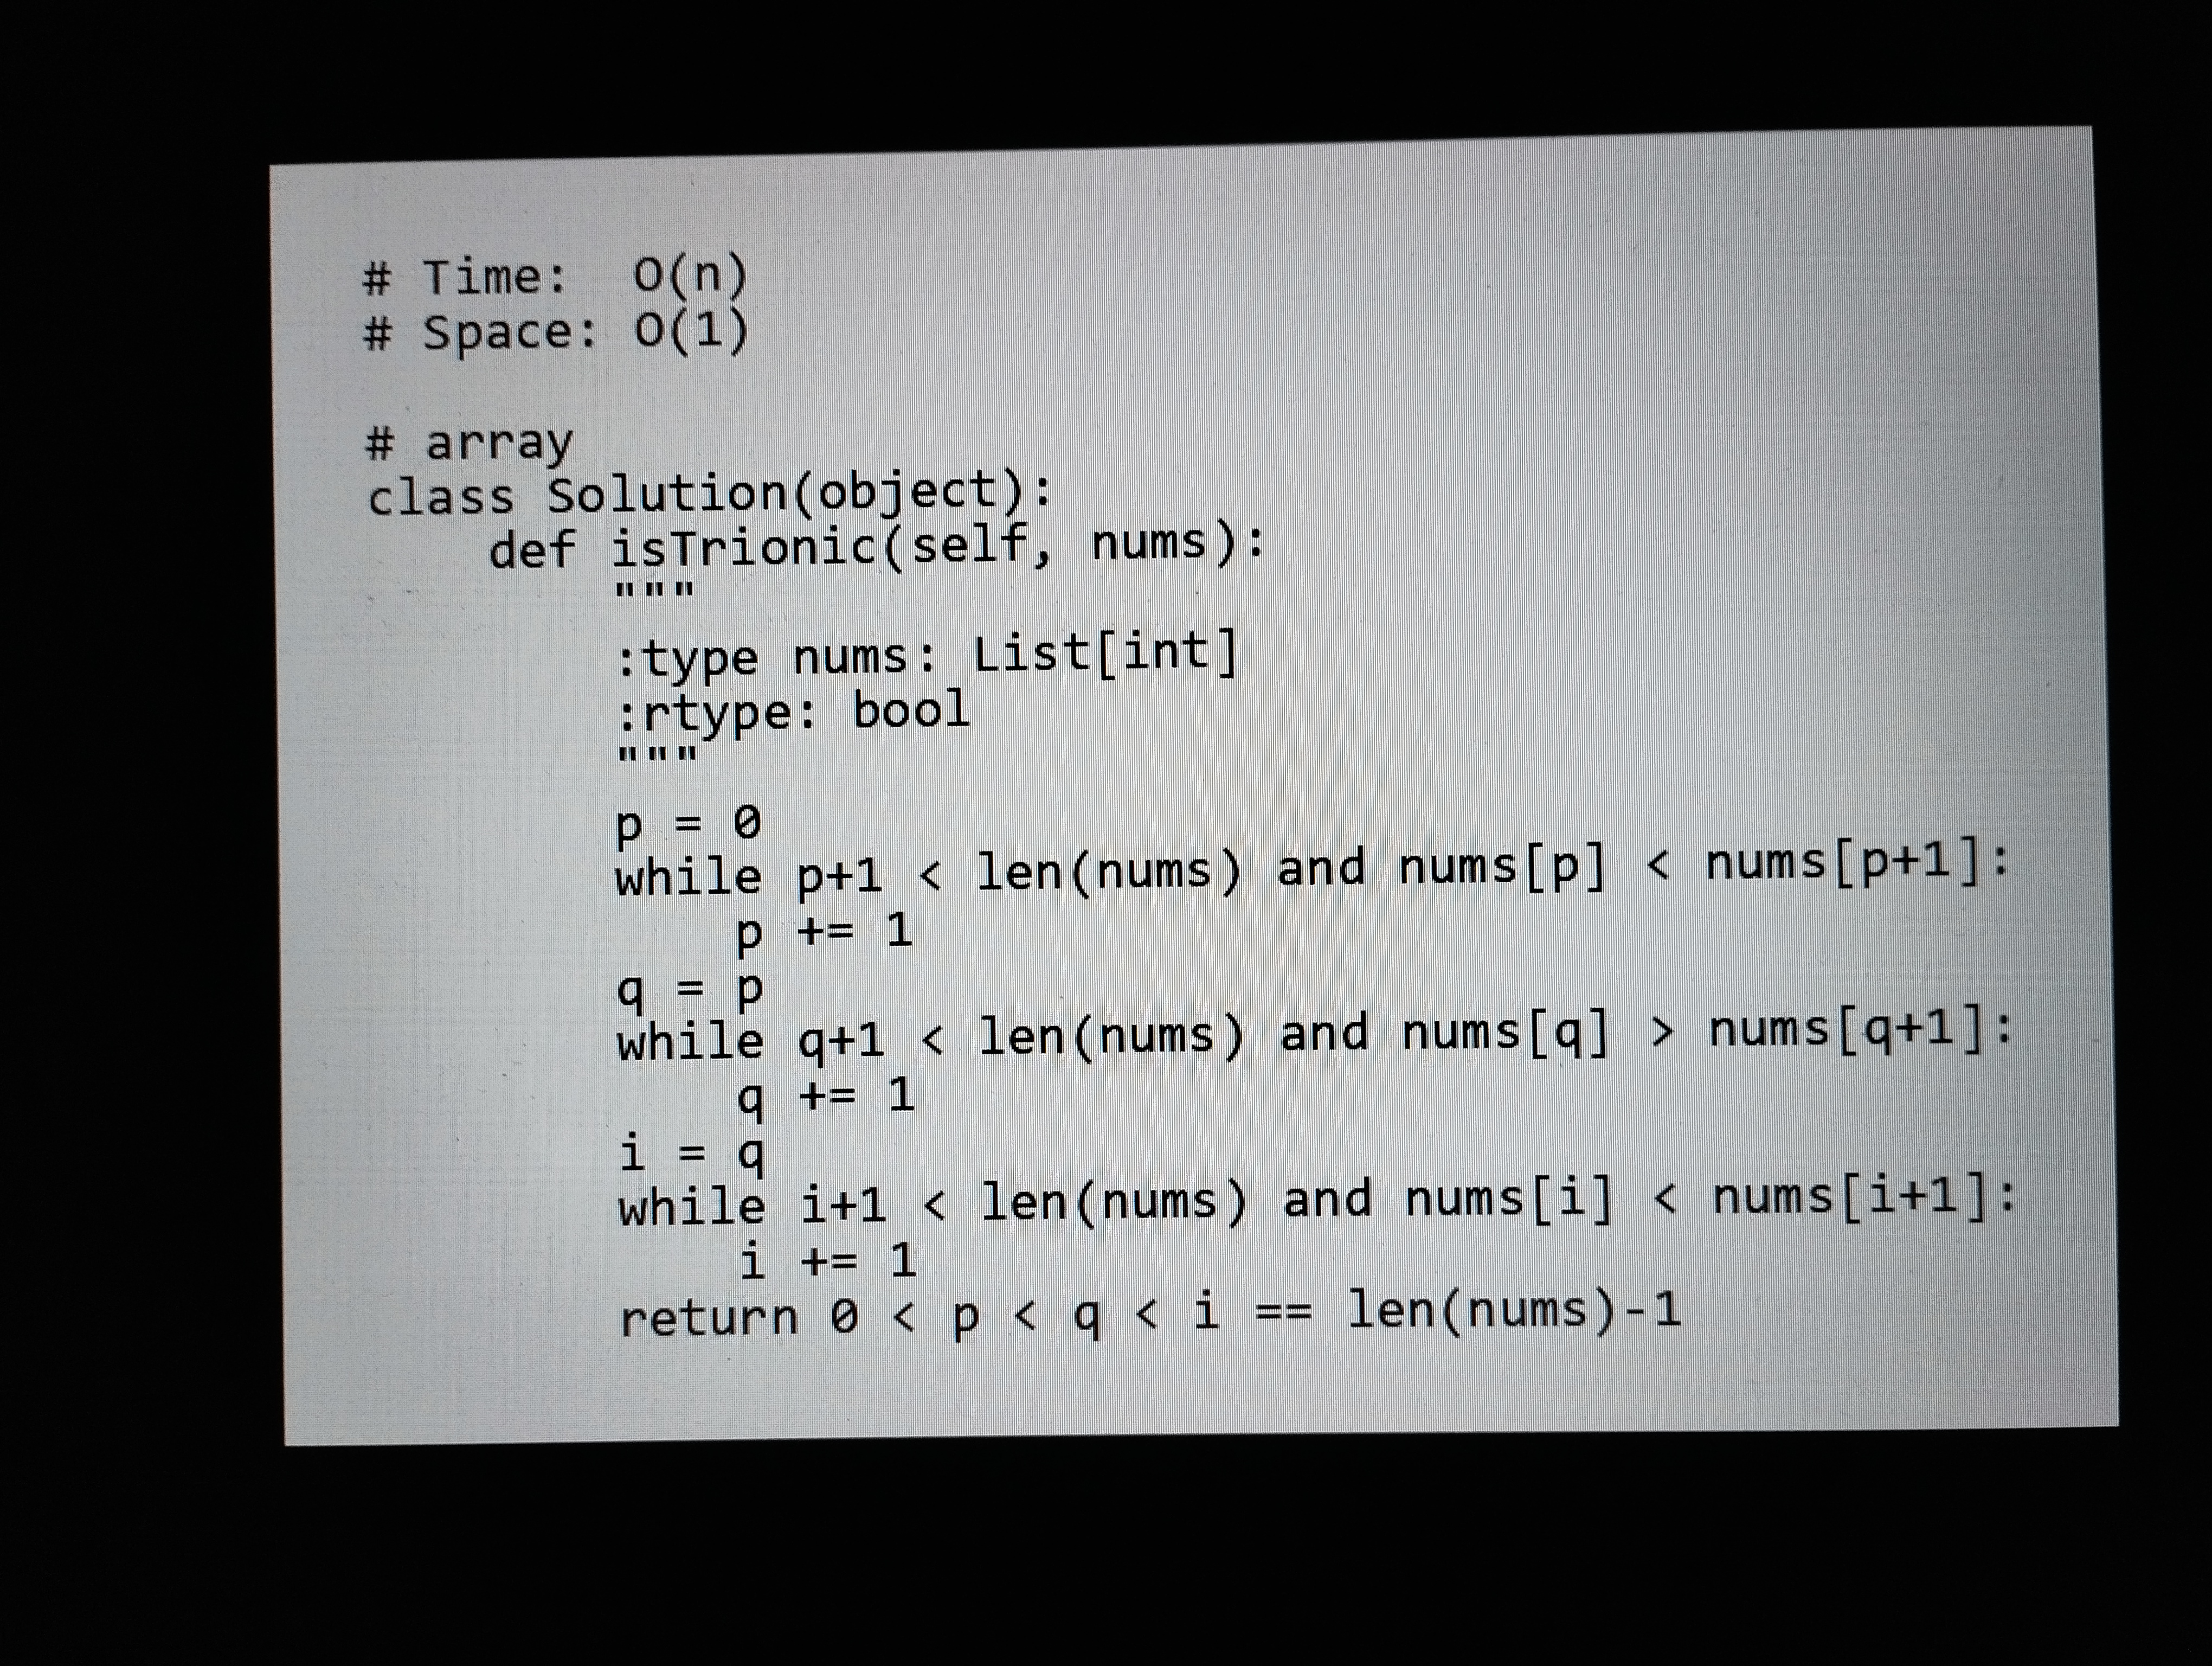
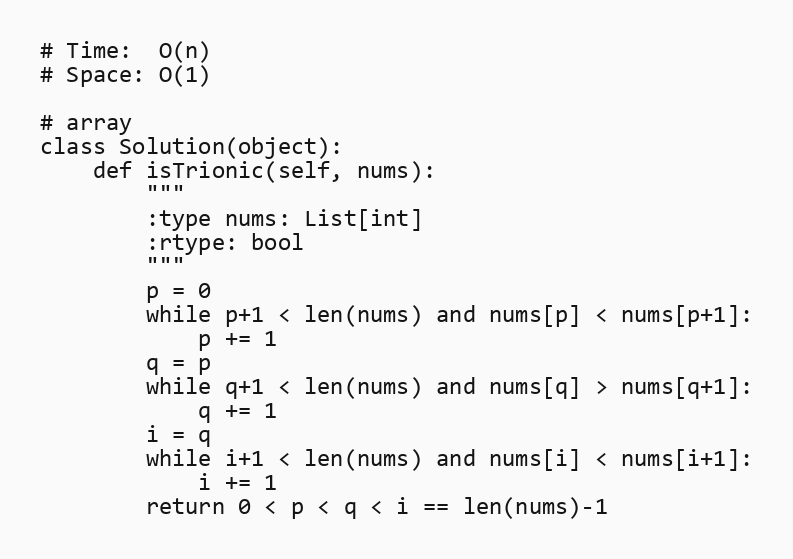
# Time:  O(n)
# Space: O(1)

# array
class Solution(object):
    def isTrionic(self, nums):
        """
        :type nums: List[int]
        :rtype: bool
        """
        p = 0
        while p+1 < len(nums) and nums[p] < nums[p+1]:
            p += 1
        q = p
        while q+1 < len(nums) and nums[q] > nums[q+1]:
            q += 1
        i = q
        while i+1 < len(nums) and nums[i] < nums[i+1]:
            i += 1
        return 0 < p < q < i == len(nums)-1